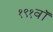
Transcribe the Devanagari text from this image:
१९१वॉ